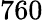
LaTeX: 760